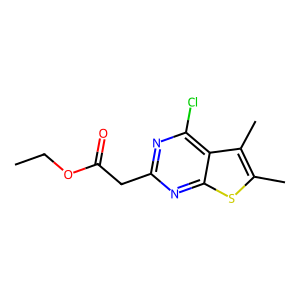
SMILES: CCOC(=O)Cc1nc(Cl)c2c(C)c(C)sc2n1
Inhibits HIV replication: No